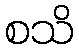
စသိ